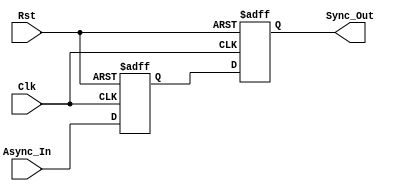
module dual_ff_synchronizer (
    input wire Async_In,  // Asynchronous input signal
    input wire Clk,       // Clock signal for the destination clock domain
    input wire Rst,       // Optional reset signal
    output reg Sync_Out   // Synchronized output signal
);

    // Internal signals for the flip-flops
    reg ff1_out; // Output of the first flip-flop

    // First flip-flop (FF1)
    always @(posedge Clk or posedge Rst) begin
        if (Rst) begin
            ff1_out <= 1'b0; // Reset state
        end else begin
            ff1_out <= Async_In; // Sample the asynchronous input
        end
    end

    // Second flip-flop (FF2)
    always @(posedge Clk or posedge Rst) begin
        if (Rst) begin
            Sync_Out <= 1'b0; // Reset state
        end else begin
            Sync_Out <= ff1_out; // Transfer the output of FF1 to Sync_Out
        end
    end

endmodule